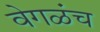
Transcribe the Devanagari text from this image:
वेगळंच